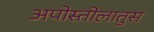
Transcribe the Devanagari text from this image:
अपोस्तोलातुस